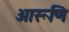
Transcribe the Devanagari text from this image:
आरूणि